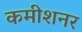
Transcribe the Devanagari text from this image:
कमीशनर